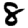
Digit: 8